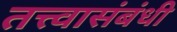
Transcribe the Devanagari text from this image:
तत्त्वासंबंधी